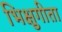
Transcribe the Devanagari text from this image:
भिक्षुगीता